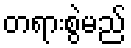
တရားစွဲမည်